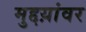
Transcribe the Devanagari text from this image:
मुद्दय़ांवर